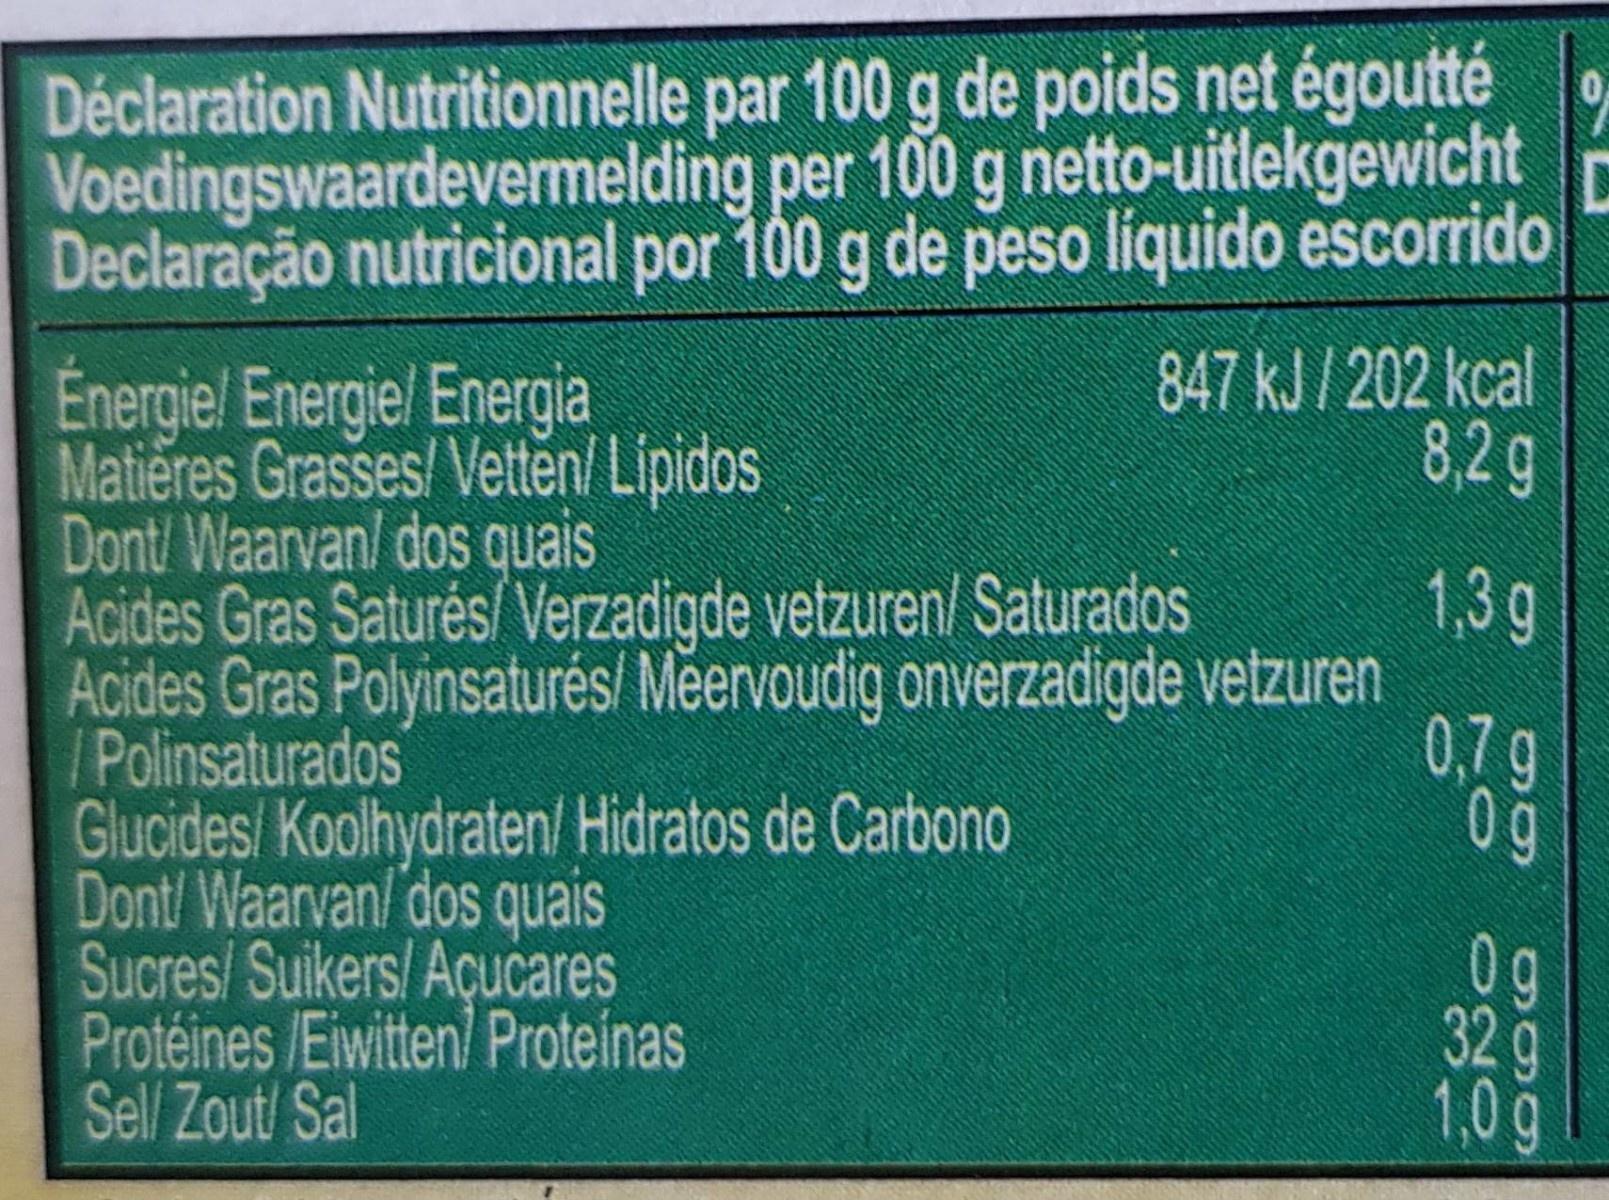
Déclaration Nutritionnelle par 100 g de poids net égoutté Voedingswaardevermelding per 100 g netto-uitlekgewicht Declaração nutricional por 100 g de peso liquido escorrido 847 kJ/ 202 kcal 8,2g
Energie! Energie/ Energia Matieres Grasses/ Vettěn/ Lípidos Dont Waarvan/ dos quais Acides Gras Saturés/ Verzadigde vetzuren/ Saturados Acides Gras Polyinsaturés/ Meervoudig onverzadigde vetzuren /Polinsaturados Glucides/ Koolhydraten/ Hidratos de Carbono Dont Waarvan/ dos quais Sucres/ Suikers/ Açucares Protéines /Eiwitten/ Proteinas Sell Zout/ Sal
1,3g
0,7 g 0g
0g 32g 1,0g
869